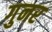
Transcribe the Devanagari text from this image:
गुनर